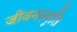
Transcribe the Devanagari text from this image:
जीवनस्मृति